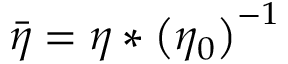
\bar { \eta } = { \eta } * \left( { \eta _ { 0 } } \right) ^ { - 1 }